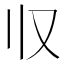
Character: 𰀡